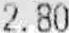
2.80